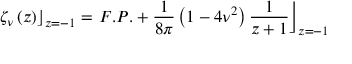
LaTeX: \left. \zeta _ { \nu } \left( z \right) \right\rfloor _ { z = - 1 } = \left. F . P . + \frac { 1 } { 8 \pi } \left( 1 - 4 \nu ^ { 2 } \right) \frac { 1 } { z + 1 } \right\rfloor _ { z = - 1 }